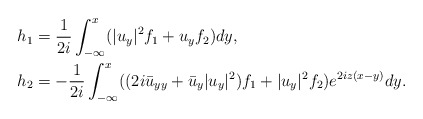
\begin{align*}&h_{1 }=\frac{1}{2i} \int_{-\infty}^{x} (|u_y|^2 f_1+u_yf_2)dy,\\&h_{2 }=- \frac{1}{2i} \int_{-\infty}^{x} ((2i \bar{u}_{yy}+\bar{u}_y|u_y|^2)f_1+|u_y|^2 f_2)e^{2iz(x-y)}dy.\end{align*}